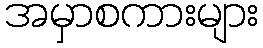
အမှာစကားများ